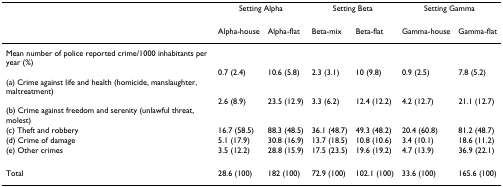
|  | <COLSPAN=2> Setting Alpha | <COLSPAN=2> Setting Beta | <COLSPAN=2> Setting Gamma |
 |  | Alpha-house | Alpha-flat | Beta-mix | Beta-flat | Gamma-house | Gamma-flat |
 | --- | --- | --- | --- | --- | --- | --- |
 | Mean number of police reported crime/1000 inhabitants per year (%) |  |  |  |  |  |  |
 | (a) Crime against life and health (homicide, manslaughter, maltreatment) | 0.7 (2.4) | 10.6 (5.8) | 2.3 (3.1) | 10 (9.8) | 0.9 (2.5) | 7.8 (5.2) |
 | (b) Crime against freedom and serenity (unlawful threat, molest) | 2.6 (8.9) | 23.5 (12.9) | 3.3 (6.2) | 12.4 (12.2) | 4.2 (12.7) | 21.1 (12.7) |
 | (c) Theft and robbery | 16.7 (58.5) | 88.3 (48.5) | 36.1 (48.7) | 49.3 (48.2) | 20.4 (60.8) | 81.2 (48.7) |
 | (d) Crime of damage | 5.1 (17.9) | 30.8 (16.9) | 13.7 (18.5) | 10.8 (10.6) | 3.4 (10.1) | 18.6 (11.2) |
 | (e) Other crimes | 3.5 (12.2) | 28.8 (15.9) | 17.5 (23.5) | 19.6 (19.2) | 4.7 (13.9) | 36.9 (22.1) |
 | Total | 28.6 (100) | 182 (100) | 72.9 (100) | 102.1 (100) | 33.6 (100) | 165.6 (100) |